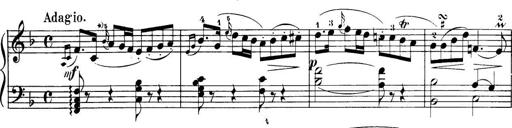
Title: 32 Sonatinas and Rondos for the Piano
Composer: Richard Kleinmichel